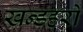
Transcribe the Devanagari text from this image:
खन्डहरों